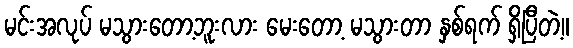
မင်းအလုပ် မသွားတော့ဘူးလား မေးတော့ မသွားတာ နှစ်ရက် ရှိပြီတဲ့။